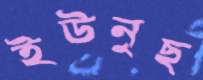
ইউনুছ